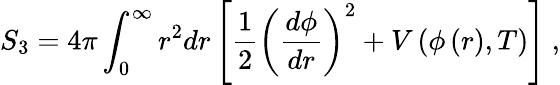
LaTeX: S_{3}=4\pi\int_{0}^{\infty}r^{2}dr\left[\frac{1}{2}\left(\frac{d\phi}{dr}\right)^{2}+V\left(\phi\left(r\right),T\right)\right]\ ,